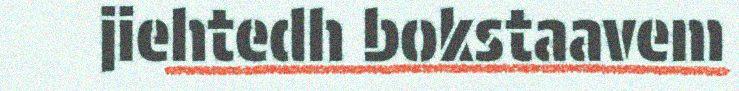
jiehtedh bokstaavem